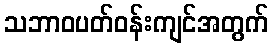
သဘာဝပတ်ဝန်းကျင်အတွက်